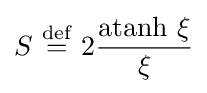
S\ {\stackrel {\mathrm {def} }{=}}\ 2{\frac {\mathrm {atanh} \ \xi }{\xi }}